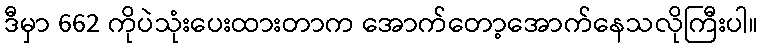
ဒီမှာ 662 ကိုပဲသုံးပေးထားတာက အောက်တော့အောက်နေသလိုကြီးပါ။